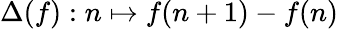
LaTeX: \Delta(f):n\mapsto f(n+1)-f(n)